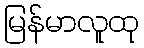
မြန်မာလူထု